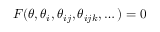
F ( \theta , \theta _ { i } , \theta _ { i j } , \theta _ { i j k } , \dots ) = 0